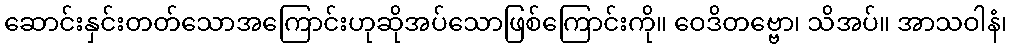
ဆောင်းနှင်းတတ်သောအကြောင်းဟုဆိုအပ်သောဖြစ်ကြောင်းကို။ ဝေဒိတဗ္ဗော၊ သိအပ်။ အာသဝါနံ၊